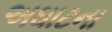
અઘાટના